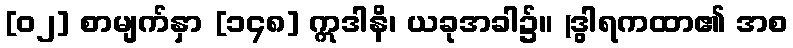
[၀၂] စာမျက်နှာ [၁၄၈] ဣဒါနိ၊ ယခုအခါ၌။ (ဒွါရကထာ၏ အစ